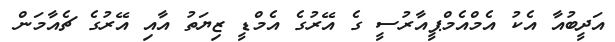
އަދީބުއާ އެކު އެމްއެމްޕީއާރުސީ ގެ އޭރުގެ އެމްޑީ ޒިޔަތު އާއި އޭރުގެ ޗެއާމަން